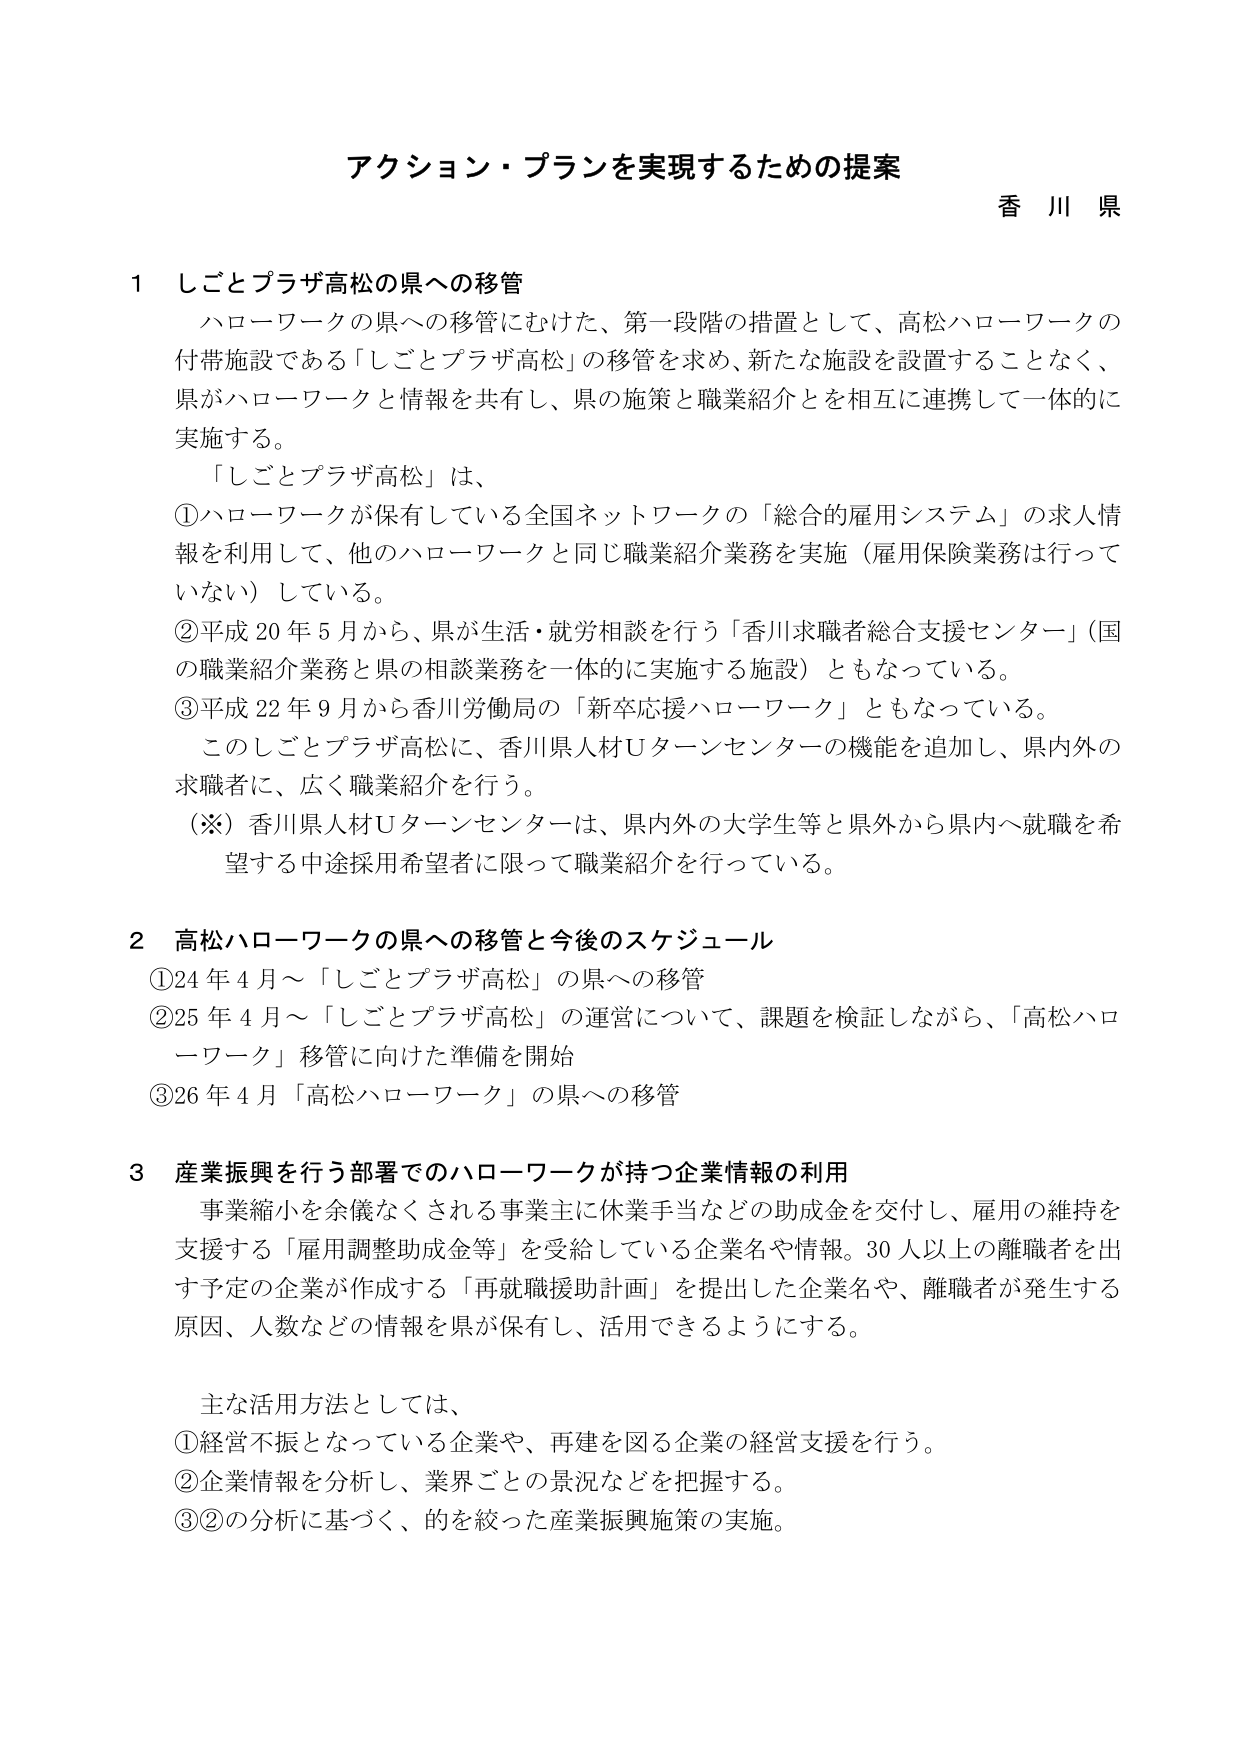
アクション・プランを実現するための提案
香川県

1 しごとプラザ高松の県への移管
ハローワークの県への移管にむけた、第一段階の措置として、高松ハローワークの付帯施設である「しごとプラザ高松」の移管を求め、新たな施設を設置することなく、県がハローワークと情報を共有し、県の施策と職業紹介とを相互に連携して一体的に実施する。
「しごとプラザ高松」は、
①ハローワークが保有している全国ネットワークの「総合的雇用システム」の求人情報を利用して、他のハローワークと同じ職業紹介業務を実施（雇用保険業務は行っていない）している。
②平成20年5月から、県が生活・就労相談を行う「香川求職者総合支援センター」（国の職業紹介業務と県の相談業務を一体的に実施する施設）ともなっている。
③平成22年9月から香川労働局の「新卒応援ハローワーク」ともなっている。
このしごとプラザ高松に、香川県人材Uターンセンターの機能を追加し、県内外の求職者に、広く職業紹介を行う。
（※）香川県人材Uターンセンターは、県内外の大学生等と県外から県内へ就職を希望する中途採用希望者に限って職業紹介を行っている。

2 高松ハローワークの県への移管と今後のスケジュール
①24年4月～「しごとプラザ高松」の県への移管
②25年4月～「しごとプラザ高松」の運営について、課題を検証しながら、「高松ハローワーク」移管に向けた準備を開始
③26年4月「高松ハローワーク」の県への移管

3 産業振興を行う部署でのハローワークが持つ企業情報の利用
事業縮小を余儀なくされる事業主に休業手当などの助成金を交付し、雇用の維持を支援する「雇用調整助成金等」を受給している企業名や情報。30人以上の離職者を出す予定の企業が作成する「再就職援助計画」を提出した企業名や、離職者が発生する原因、人数などの情報を県が保有し、活用できるようにする。

主な活用方法としては、
①経営不振となっている企業や、再建を図る企業の経営支援を行う。
②企業情報を分析し、業界ごとの景況などを把握する。
③②の分析に基づく、的を絞った産業振興施策の実施。